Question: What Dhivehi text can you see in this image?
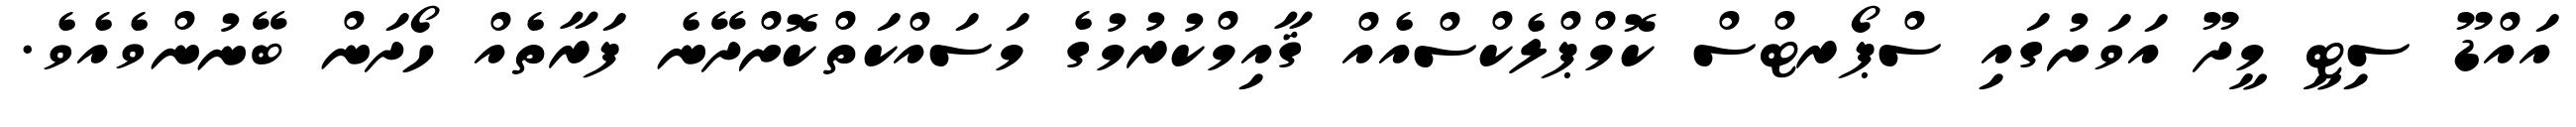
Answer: އައްޑޫ ސިޓީ މީދޫ އަވަށުގައި ސްޕޯރޓްސް ކޮމްޕްލެކްސްއެއް ޤާއިމްކުރުމުގެ މަސައްކަތްކޮށްދޭނެ ފަރާތެއް ހޯދަން ބޭނުންވެއެވެ.